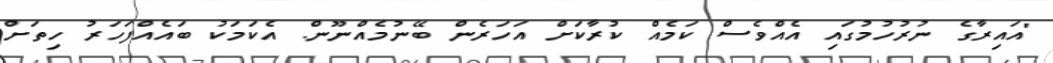
"އައިރާގެ ނުރުހުމުގައި އެއްވެސް ކަމެއް ކުރާކަށް އަހަރެން ބޭނުމެއްނޫން. އެކަމަކު ބައެއްފަހަރު ހިތަށް